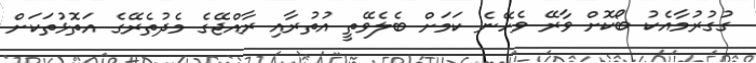
ގުގުރުމާއެކު ބޯކޮށް ވާރޭ ވެހޭނެ ކަމަށް ބެލެވޭތީ އުތުރާއި ރާއްޖޭގެ މެދުތެރޭގެ އަތޮޅުތަކަށް